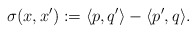
\begin{align*}\sigma(x, x'):=\langle p, q'\rangle-\langle p', q\rangle.\end{align*}